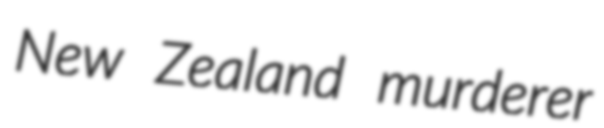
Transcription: New Zealand murderer